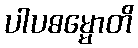
ပါပဓမ္မောတိ